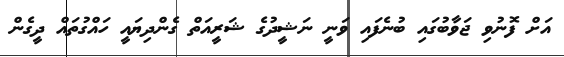
އަށް ފޮނުވި ޖަވާބުގައި ބުނެފައި ވަނީ ނަޝީދުގެ ޝަރީއަތް ގެންދިޔައީ ހައްގުތައް ދީގެން